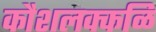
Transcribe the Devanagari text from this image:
कौशलक्कळि